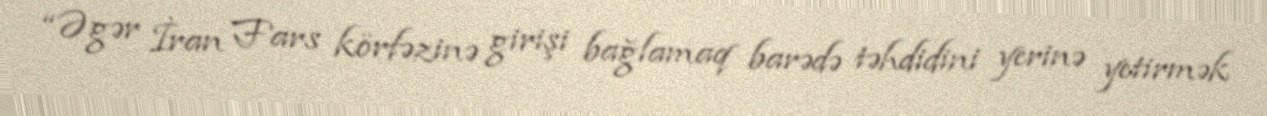
“Əgər İran Fars körfəzinə girişi bağlamaq barədə təhdidini yerinə yetirmək